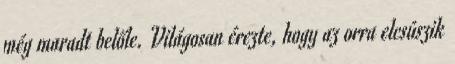
még maradt belőle. Világosan érezte, hogy az orra elcsúszik